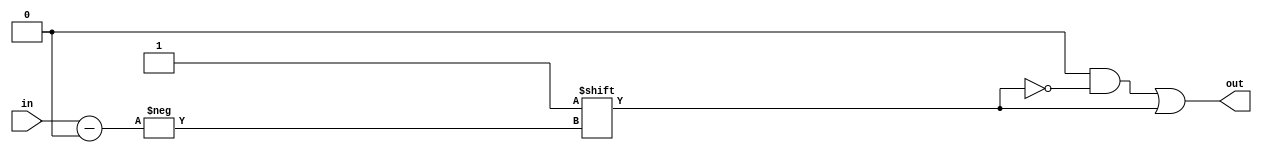
module decoder(
	in, out
);
	input [1:0] in;
	output reg [3:0] out;

	always @(in)
	begin
		out = 4'b0000;
		out[in] = 1'b1;
	end

endmodule